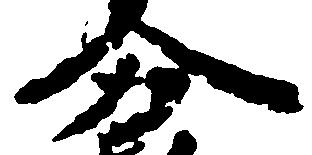
分